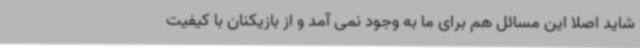
شاید اصلا این مسائل هم برای ما به وجود نمی آمد و از بازیکنان با کیفیت